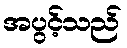
အပွင့်သည်